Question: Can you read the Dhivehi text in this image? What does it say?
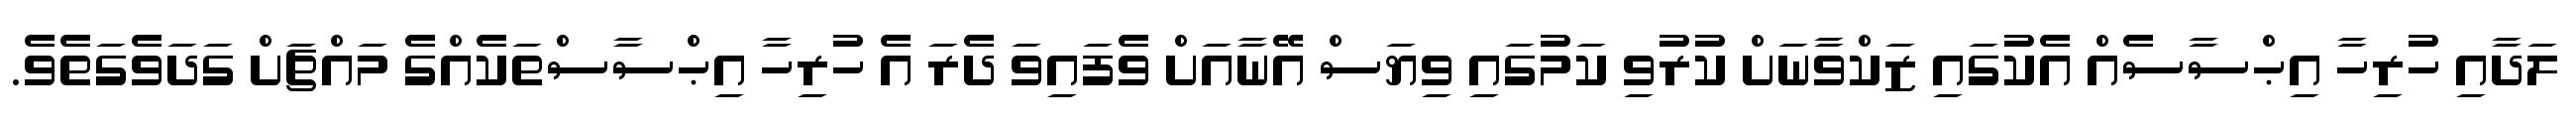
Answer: ލަދާއި ހުރިހާ އިޙްސާސެއް އެކުގައި ޒަކްވާނަށް ކުރުވި ކަމުގައި ވިޔަސް އޭނާއަށް ވެފައިވަ ދެރަ އެ ހުރިހާ އިޙްސާސްތަކެއްގެ މައްޗަށް ގަދަވެގަތެވެ.